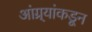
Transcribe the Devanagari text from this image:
आंग्र्‍यांकडून